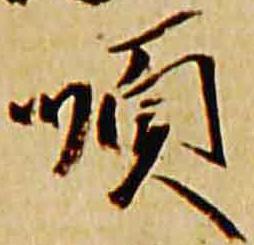
順